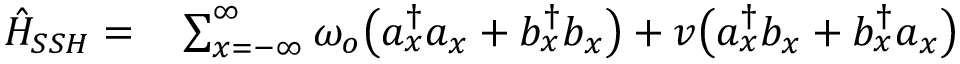
\begin{array} { r l } { \hat { H } _ { S S H } = } & { { } \sum _ { x = - \infty } ^ { \infty } \omega _ { o } \big ( a _ { x } ^ { \dagger } a _ { x } + b _ { x } ^ { \dagger } b _ { x } \big ) + v \big ( a _ { x } ^ { \dagger } b _ { x } + b _ { x } ^ { \dagger } a _ { x } \big ) } \end{array}